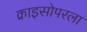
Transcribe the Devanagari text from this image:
क्राइसोपरला